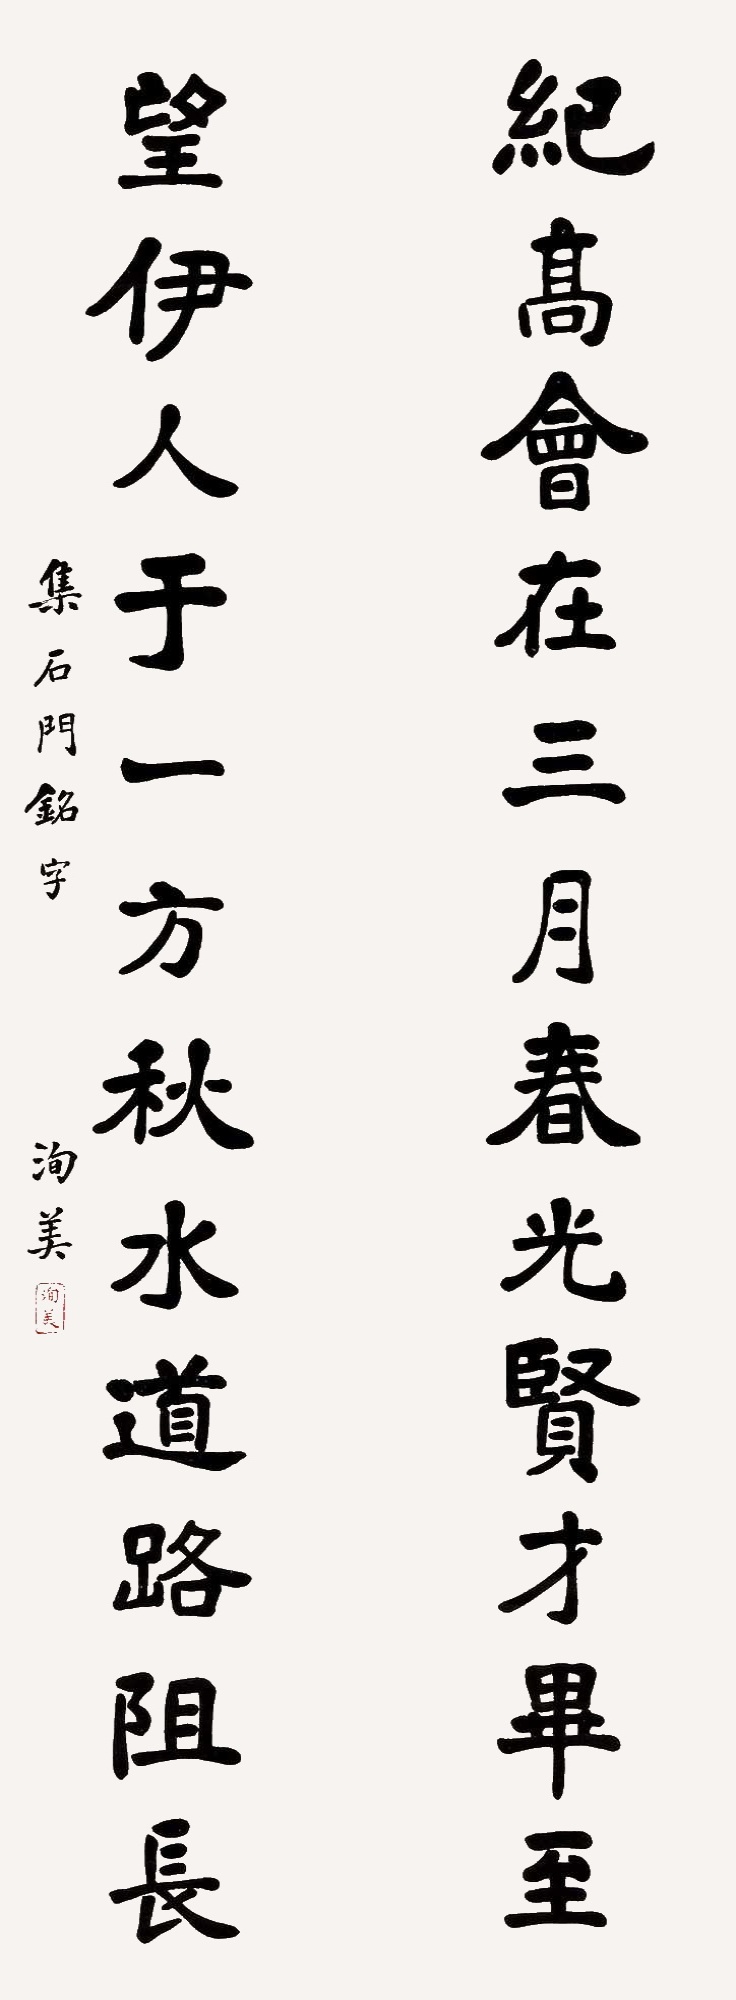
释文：纪高会在三月春光贤才毕至，望伊人于一方秋水道路阻长。集石门铭字，洵美。